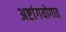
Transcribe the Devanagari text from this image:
अष्टांगयोगात